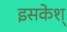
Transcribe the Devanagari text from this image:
इसकेश्